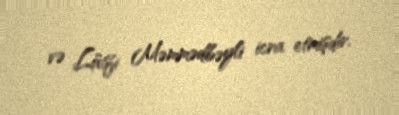
və Lütfi Məmmədbəyli icra etmişdir.